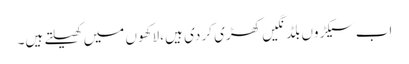
اب سیکڑوں بلڈنگیں کھڑی کر دی ہیں ،لاکھوں میں کھیلتے ہیں۔